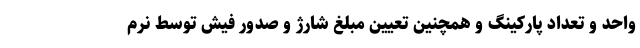
واحد و تعداد پارکینگ و همچنین تعیین مبلغ شارژ و صدور فیش توسط نرم